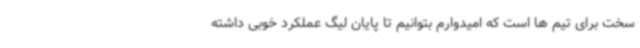
سخت برای تیم ها است که امیدوارم بتوانیم تا پایان لیگ عملکرد خوبی داشته